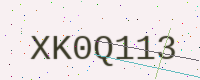
Text: XK0Q113